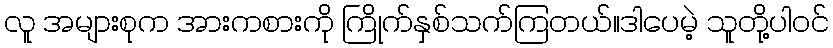
လူ အများစုက အားကစားကို ကြိုက်နှစ်သက်ကြတယ်။ဒါပေမဲ့ သူတို့ပါဝင်